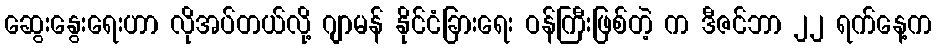
ဆွေးနွေးရေးဟာ လိုအပ်တယ်လို့ ဂျာမန် နိုင်ငံခြားရေး ဝန်ကြီးဖြစ်တဲ့ က ဒီဇင်ဘာ ၂၂ ရက်နေ့က